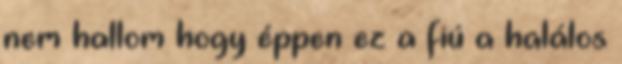
nem hallom hogy éppen ez a fiú a halálos